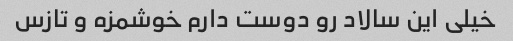
خیلی این سالاد رو دوست دارم خوشمزه و تازس